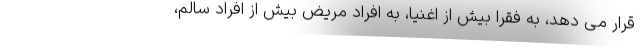
قرار می دهد، به فقرا بیش از اغنیا، به افراد مریض بیش از افراد سالم،